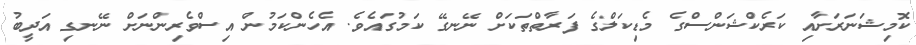
ކޮމިޝަނަރަށާއި ކަރެކްޝަންސްގެ މެޑިކަލްގެ ފަރާތްތަކަށް ނޭނގޭ ކަމުގައެވެ. އެހެންކަމުން އިސްވެރިންނަށް ނޭނގި އަދީބު